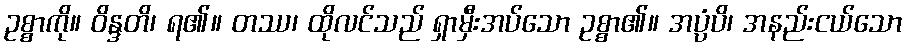
ဥစ္စာကို။ ဝိန္ဒတိ၊ ရ၏။ တဿ၊ ထိုလင်သည် ရှာမှီးအပ်သော ဥစ္စာ၏။ အပ္ပံပိ၊ အနည်းငယ်သော